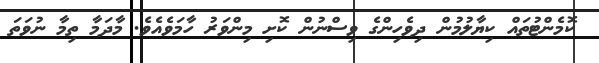
ކޮމެންޓުތައް ކިޔާލުމުން ދިވެހިންގެ ވިސްނުން ކޮށި މިންވަރު ހާމަވެއެވެ. މާދަމާ ތިމާ ނުވަތަ